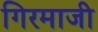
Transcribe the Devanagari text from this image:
गिरमाजी